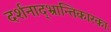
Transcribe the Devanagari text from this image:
दर्शनाद्भ्रान्तिकारकाः